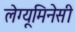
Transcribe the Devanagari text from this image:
लेग्यूमिनेसी